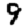
Digit: 9